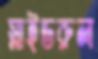
স্লাইডরুল